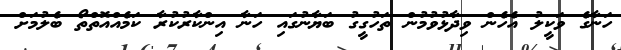
ހަނާގެ ވަކީލު އެހެން ވިދާޅުވުމުން ތަހުގީގު ބަޔާނުގައި ހަނާ އިންކާރުކުރާ ކަމެއްއޮތްތޯ ބެލުމަށް